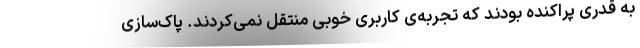
به قدری پراکنده بودند که تجربه‌ی کاربری خوبی منتقل نمی‌کردند. پاک‌سازی